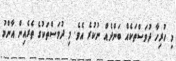
މި ހުރިހާ ދުވަސްތަކެއް ބަންދެއް ނުކުރެ އެވެ. މި ދުވަސްތަކުގެ ތެރެއިން އާންމު